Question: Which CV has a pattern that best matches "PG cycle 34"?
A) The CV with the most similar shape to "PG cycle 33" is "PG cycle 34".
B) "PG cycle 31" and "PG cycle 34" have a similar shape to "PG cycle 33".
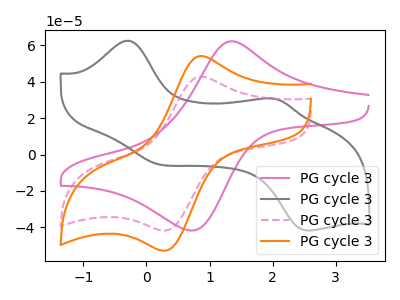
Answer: <think>The pink curve "PG cycle 31" has an anodic peak at (1.35V, 62.15uA) and a cathodic peak at (0.75V, -41.60uA). The gray curve "PG cycle 32" has anodic peaks at (-0.30V, 62.45uA) (1.95V, 30.80uA) and cathodic peaks at (0.10V, -4.75uA) (2.55V, -41.60uA). The pink dashed curve "PG cycle 33" has an anodic peak at (0.85V, 42.70uA) and a cathodic peak at (0.30V, -41.75uA). The orange curve "PG cycle 34" has an anodic peak at (0.85V, 54.05uA) and a cathodic peak at (0.30V, -52.80uA).
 "PG cycle 31" and "PG cycle 32" have a different number of peaks. "PG cycle 31" and "PG cycle 33" have at least one peak that do not match. "PG cycle 31" and "PG cycle 34" have at least one peak that do not match. "PG cycle 32" and "PG cycle 33" have a different number of peaks. "PG cycle 32" and "PG cycle 34" have a different number of peaks. All the peaks in "PG cycle 33" have a peak in "PG cycle 34" at the same potential. Every peak in "PG cycle 33" is lower than every peak in "PG cycle 34".</think>
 <answer>A) The CV with the most similar shape to "PG cycle 33" is "PG cycle 34".</answer>
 <eval>A</eval>